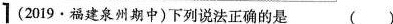
1(2019\cdot 福建泉州期中)下列说法正确的是()